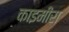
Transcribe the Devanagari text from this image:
काइमीरा